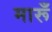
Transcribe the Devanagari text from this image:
मारूँ